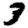
Digit: 3